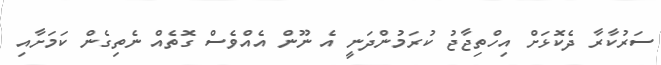
ސަރުކާރާ ދެކޮޅަށް އިހްތިޖާޖު ކުރަމުންދަނީ އެ ނޫން އެއްވެސް ގޮތެއް ނެތިގެން ކަމަށާއި